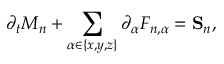
\partial _ { t } M _ { n } + \sum _ { \alpha \in \{ x , y , z \} } \partial _ { \alpha } F _ { n , \alpha } = \mathbf { S } _ { n } ,